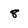
Character: 8